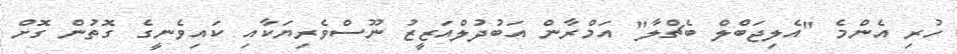
ހުރި އެންމެ "އެލިޖަބްލް ބެޗްލާ" އަމްރާން އަބުދުލްއަޒީޒު ނޫސްވެރިޔަކާއި ކައިވެނީގެ ގޮތުން ގޮށް